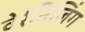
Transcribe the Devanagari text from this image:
वेरेनिजिंग